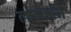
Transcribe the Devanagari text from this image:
लाजभंग